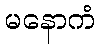
မနောကံ